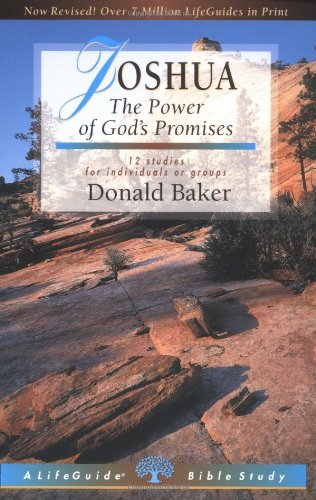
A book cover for Joshua: The Power of God's Promises (Lifeguide Bible Studies); Donald Baker; Christian Books & Bibles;